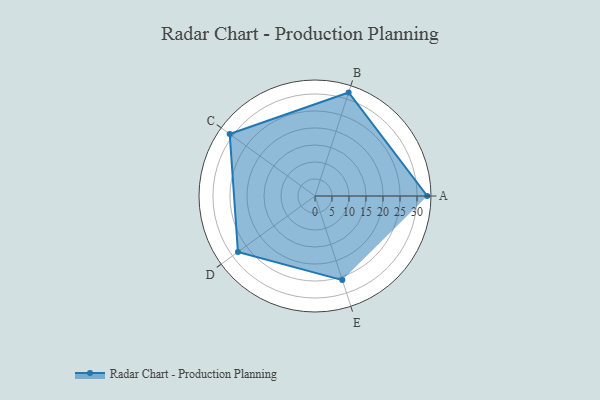
{"axis": {"x": "Skill", "y": "Score"}, "legend": ["Profile"], "data": [{"x": "A", "y": 33.0, "type": "Profile"}, {"x": "B", "y": 32.0, "type": "Profile"}, {"x": "C", "y": 31.0, "type": "Profile"}, {"x": "D", "y": 28.0, "type": "Profile"}, {"x": "E", "y": 26.0, "type": "Profile"}]}